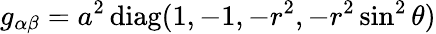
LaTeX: g_{\alpha\beta}=a^{2}\, \mathrm{diag}(1,-1,-r^{2},-r^{2}\sin^{2}\theta)